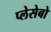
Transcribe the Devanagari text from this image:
प्लेसेबो